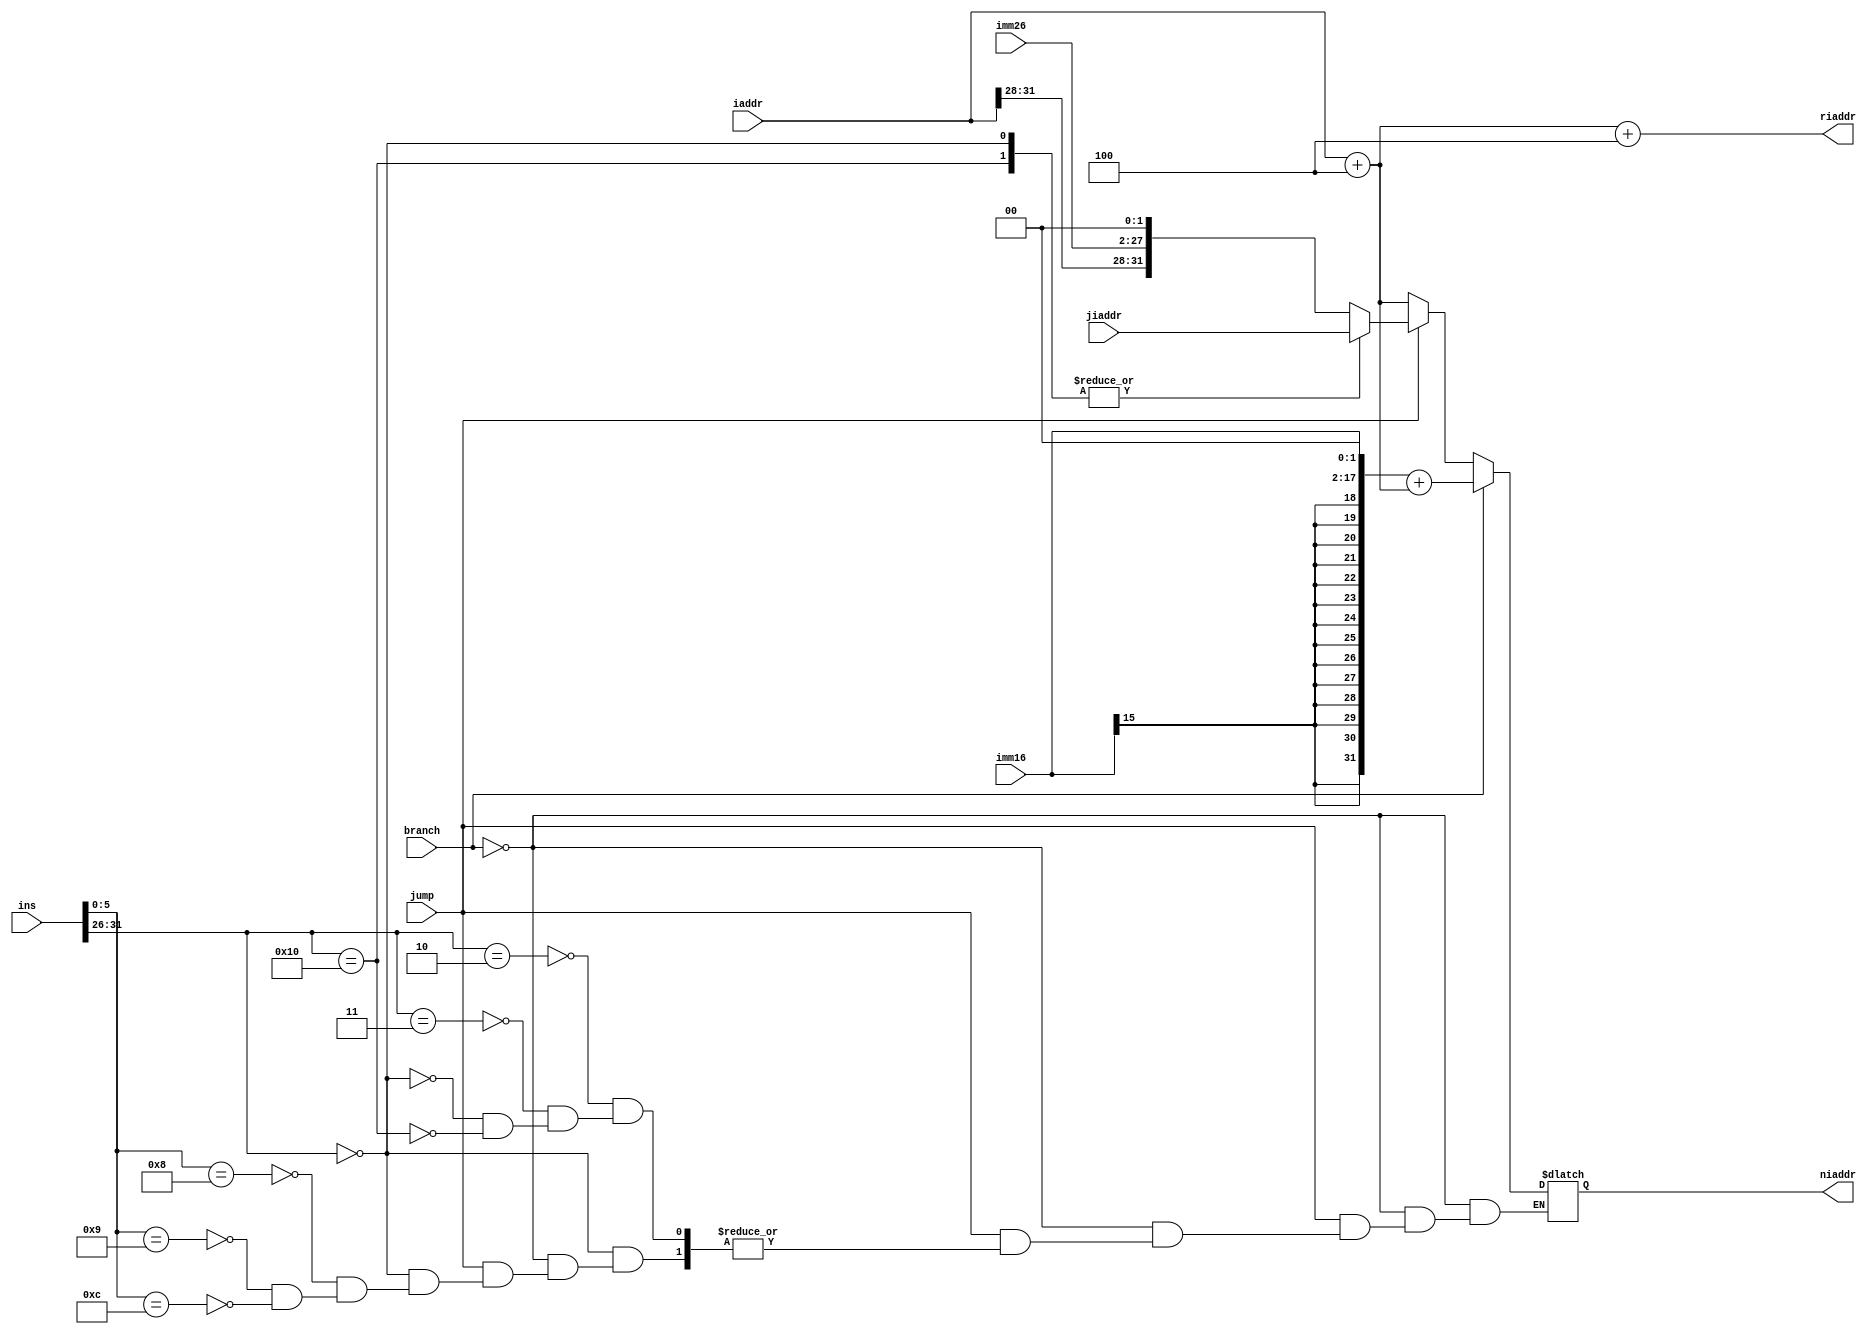
module npc (iaddr, branch, jump, ins, jiaddr, imm16, imm26, riaddr, niaddr);
	input 	branch, jump;
	input [31:0] 	ins;
	input [31:0]	jiaddr;// Jump to instruction address.
	input [31:0]	iaddr;// Instruction Address.
	input [15:0] 	imm16;
	input [25:0]	imm26;

	output 	 	[31:0] riaddr;// Return instruction address;
	output reg 	[31:0] niaddr;// Next Instruction Address;

	wire [5:0]	op;
	wire [5:0] 	func;
	assign op 	= ins[31:26];
	assign func = ins[5:0];
	// Operation code.
	parameter 	R 		= 6'b000000,
				J  		= 6'b000010,
				JAL		= 6'b000011,
				ERET	= 6'b010000;
	// Function code.
	parameter 	JR		= 6'b001000,
				JALR	= 6'b001001,
				SYSCALL = 6'b001100;

	wire [31:0] pc4;

	assign pc4 		= iaddr + 3'b100;
	assign riaddr 	= pc4 + 3'b100;

	always @ ( * ) begin
		if (branch) begin// Branch;
			// Arithmetic extend.
			niaddr = {{14{imm16[15]}}, imm16[15:0], 2'b00} + pc4;

		end else if (jump) begin// Jump.
			case (op)
				J: begin// Jump.
					niaddr = {iaddr[31:28], imm26[25:0], 2'b00};
				end
				JAL: begin// Jump and link.
					// riaddr <= pc4 + 3'b100;
					niaddr <= {iaddr[31:28], imm26[25:0], 2'b00};
				end
				R: begin
					case (func)
						JR: begin// Jump register.
							niaddr = jiaddr[31:0];
						end
						JALR: begin// Jump and link register.
							// riaddr <= pc4 + 3'b100;
							niaddr <= jiaddr[31:0];
						end
						SYSCALL: begin
							niaddr <= jiaddr[31:0];
						end
					endcase
				end
				ERET: begin
					niaddr <= jiaddr[31:0];
				end
			endcase

		end else begin// PC + 4;
			niaddr = pc4;
		end
	end

endmodule